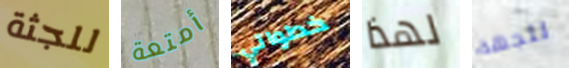
للجثة أمتعة خطواتي لهذا للجهة